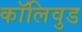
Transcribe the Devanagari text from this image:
कॉलिवुड